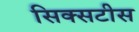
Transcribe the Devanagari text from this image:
सिक्सटीस